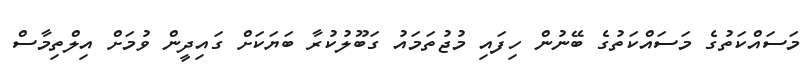
މަސައްކަތުގެ މަސައްކަތުގެ ބޭނުން ހިފައި މުޖުތަމައު ގަބޫލުކުރާ ބަޔަކަށް ގައިދީން ވުމަށް އިލްތިމާސް